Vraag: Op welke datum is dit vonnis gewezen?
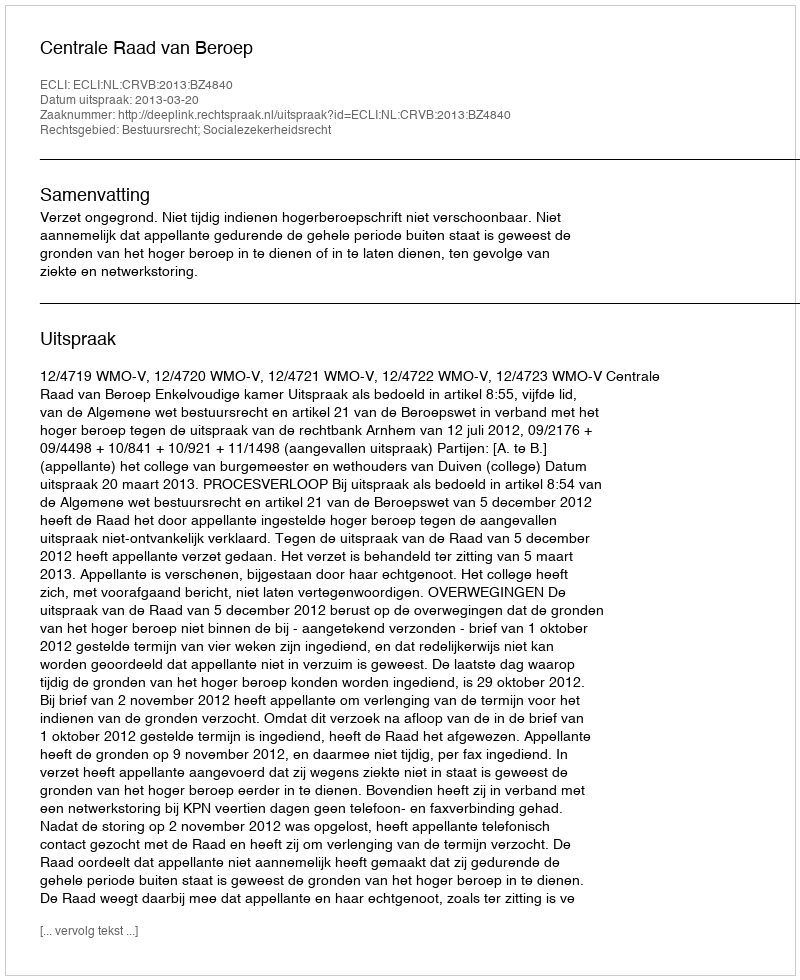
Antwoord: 2013-03-20